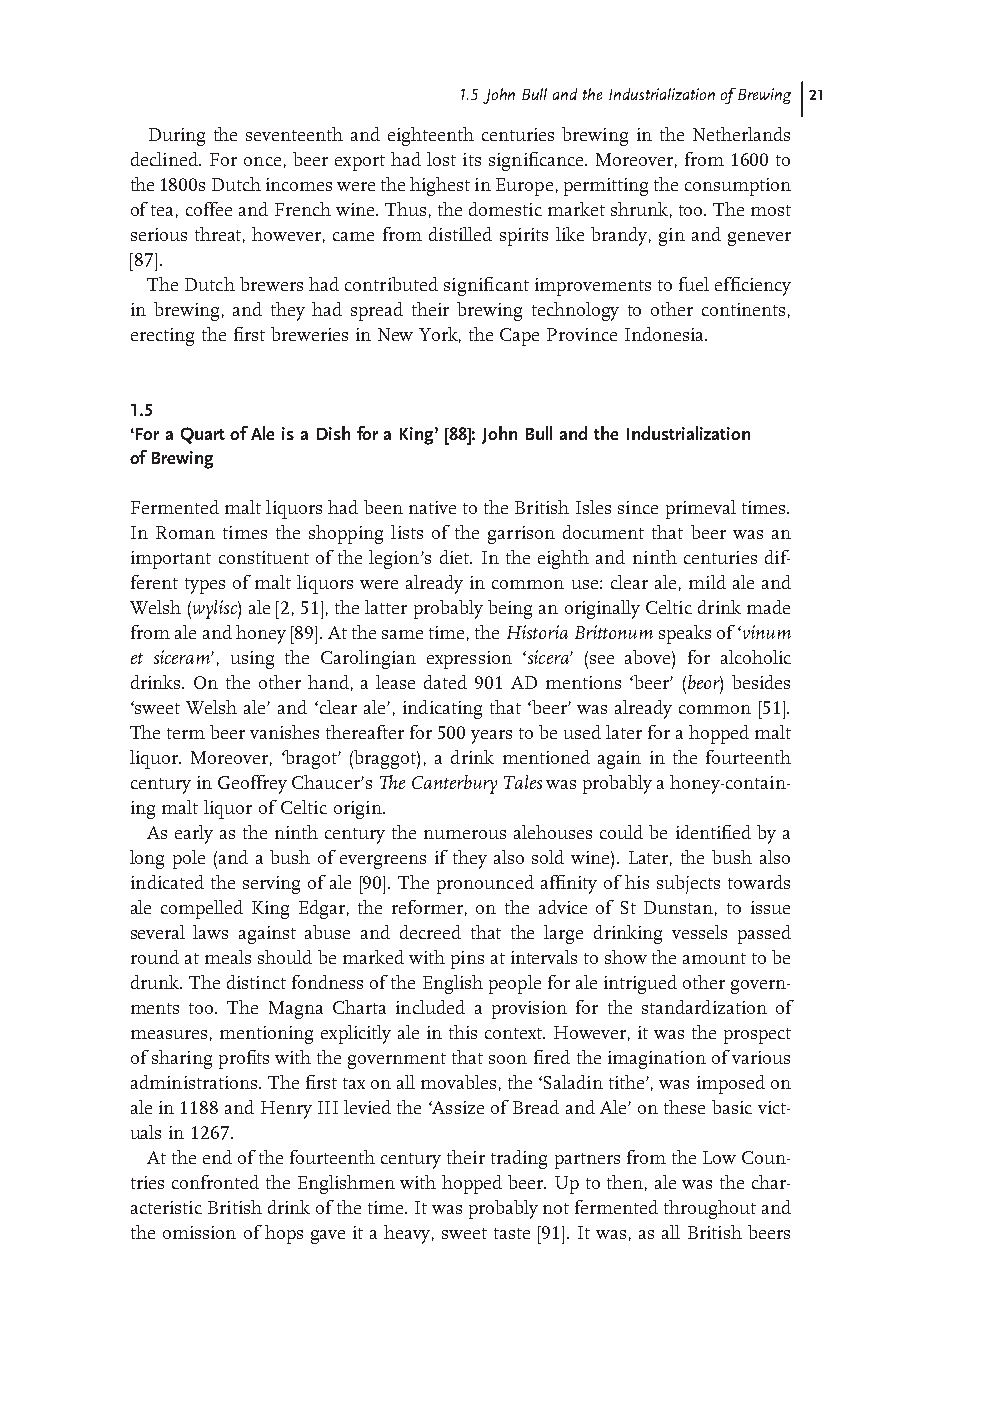
1.5 John Bull and the Industrialization of Brewing 21
 During the seventeenth and eighteenth centuries brewing in the Netherlands
 declined. For once, beer export had lost its signifi cance. Moreover, from 1600 to
 the 1800s Dutch incomes were the highest in Europe, permitting the consumption
 of tea, coffee and French wine. Thus, the domestic market shrunk, too. The most
 serious threat, however, came from distilled spirits like brandy, gin and genever
 [87] .
 The Dutch brewers had contributed signifi cant improvements to fuel effi ciency
 in brewing, and they had spread their brewing technology to other continents,
 erecting the fi rst breweries in New York, the Cape Province Indonesia.
 1.5
 ‘ For a Quart of Ale is a Dish for a King’ [88] : John Bull and the Industrialization
 of Brewing
 Fermented malt liquors had been native to the British Isles since primeval times.
 In Roman times the shopping lists of the garrison document that beer was an
 important constituent of the legion ’ s diet. In the eighth and ninth centuries dif-
 ferent types of malt liquors were already in common use: clear ale, mild ale and
 Welsh ( wylisc ) ale [2, 51] , the latter probably being an originally Celtic drink made
 from ale and honey [89] . At the same time, the Historia Brittonum speaks of ‘v inum
 et siceram ’ , using the Carolingian expression ‘ s icera ’ (see above) for alcoholic
 drinks. On the other hand, a lease dated 901 AD mentions ‘ beer ’ ( beor ) besides
 ‘ sweet Welsh ale’ and ‘ clear ale ’ , indicating that ‘ beer ’ was already common [ 51] .
 The term beer vanishes thereafter for 500 years to be used later for a hopped malt
 liquor. Moreover, ‘ bragot ’ (braggot), a drink mentioned again in the fourteenth
 century in Geoffrey Chaucer’ s The Canterbury Tales was probably a honey - contain-
 ing malt liquor of Celtic origin.
 As early as the ninth century the numerous alehouses could be identifi ed by a
 long pole (and a bush of evergreens if they also sold wine). Later, the bush also
 indicated the serving of ale [ 90] . The pronounced affi nity of his subjects towards
 ale compelled King Edgar, the reformer, on the advice of St Dunstan, to issue
 several laws against abuse and decreed that the large drinking vessels passed
 round at meals should be marked with pins at intervals to show the amount to be
 drunk. The distinct fondness of the English people for ale intrigued other govern-
 ments too. The Magna Charta included a provision for the standardization of
 measures, mentioning explicitly ale in this context. However, it was the prospect
 of sharing profi ts with the government that soon fi red the imagination of various
 administrations. The fi rst tax on all movables, the ‘ Saladin tithe ’ , was imposed on
 ale in 1188 and Henry III levied the ‘ Assize of Bread and Ale’ on these basic vict-
 uals in 1267.
 At the end of the fourteenth century their trading partners from the Low Coun-
 tries confronted the Englishmen with hopped beer. Up to then, ale was the char-
 acteristic British drink of the time. It was probably not fermented throughout and
 the omission of hops gave it a heavy, sweet taste [ 91] . It was, as all British beers